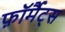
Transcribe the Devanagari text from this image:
फ़ॉर्मैट्स